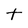
Character: t